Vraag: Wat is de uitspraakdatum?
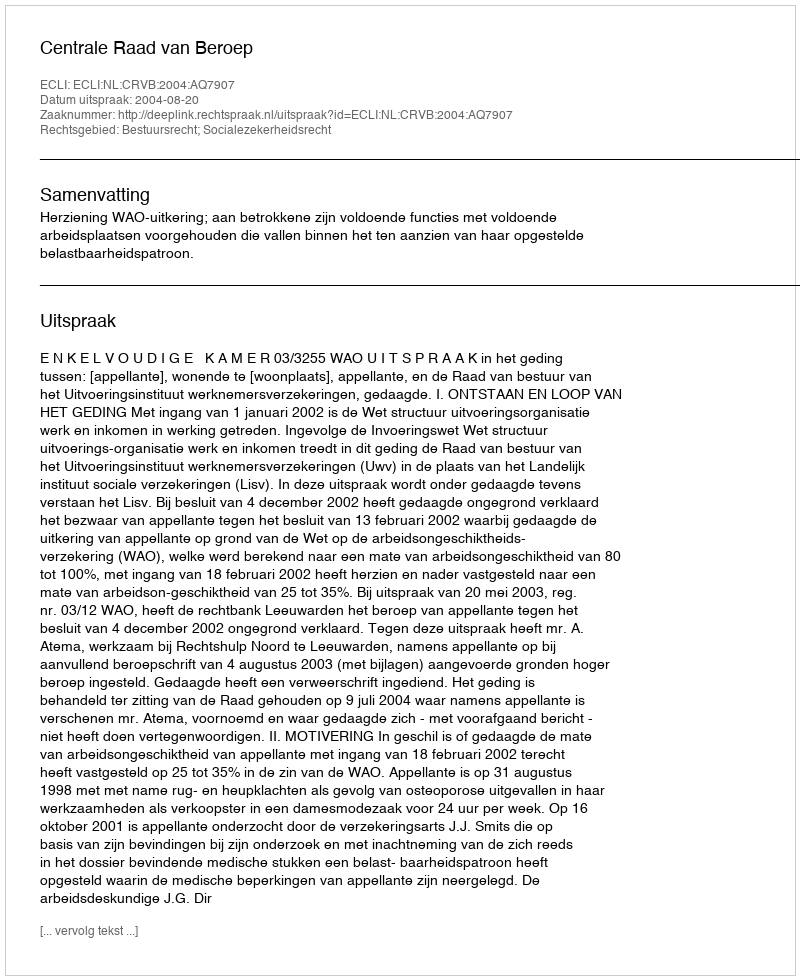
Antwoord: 2004-08-20